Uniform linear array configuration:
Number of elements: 64
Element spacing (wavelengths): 0.75
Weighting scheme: cosine
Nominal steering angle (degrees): -45
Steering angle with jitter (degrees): -45.584
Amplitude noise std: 0.05
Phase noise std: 0.05

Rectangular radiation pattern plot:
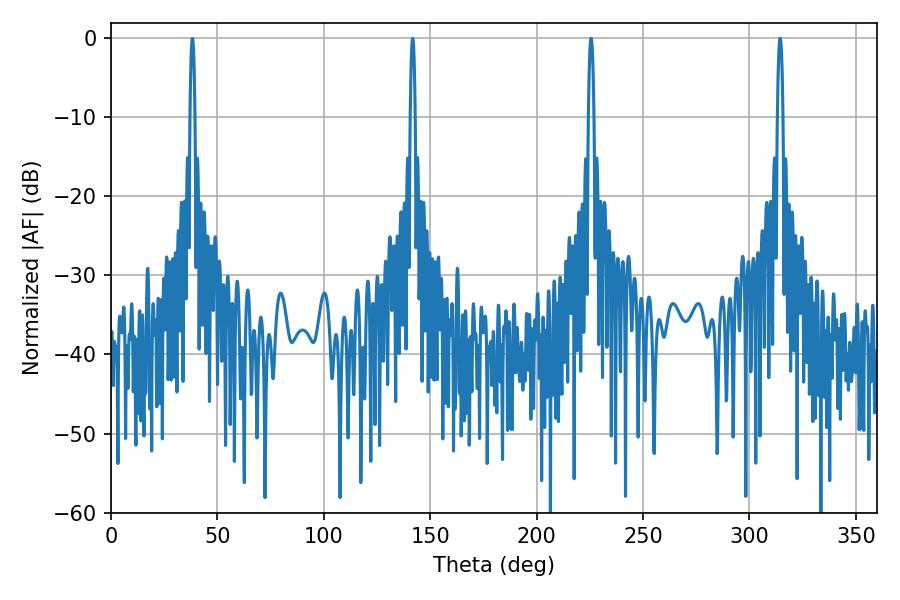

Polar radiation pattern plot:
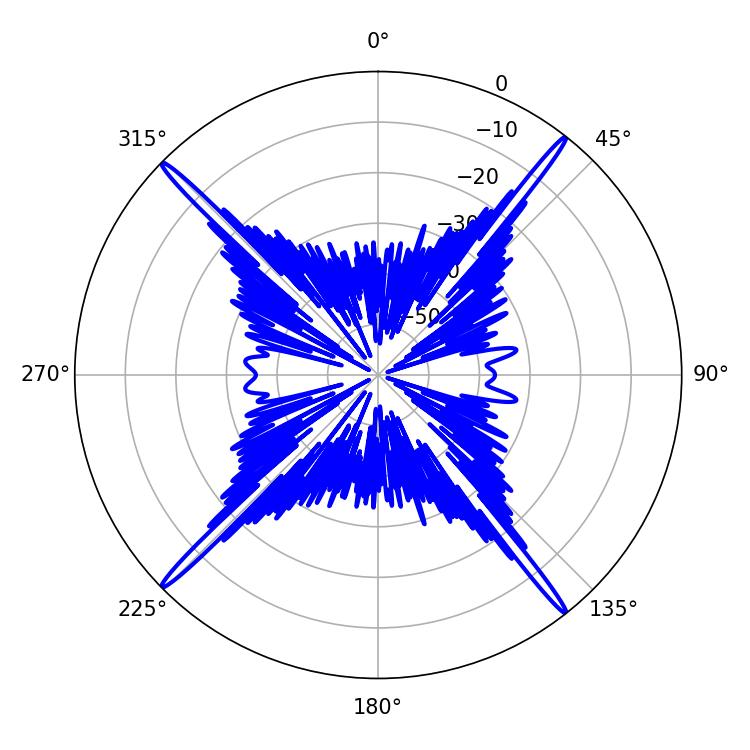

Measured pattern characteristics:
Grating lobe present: TRUE
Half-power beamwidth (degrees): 1.44
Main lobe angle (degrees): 225.54